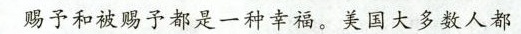
赐予和被赐予都是一种幸福，美国大多数人都